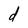
Character: d